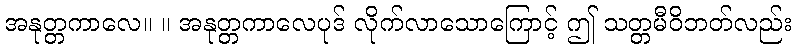
အနုတ္တကာလေ။ ။ အနုတ္တကာလေပုဒ် လိုက်လာသောကြောင့် ဤ သတ္တမီဝိဘတ်လည်း